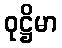
ဝုဋ္ဌိမာ